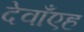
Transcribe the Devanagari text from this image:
देवाँएह